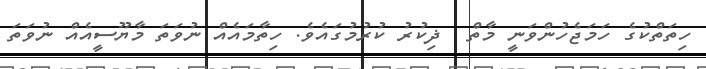
ހިތަތްކުގެ ހަމަޖެހުންވަނީ މާތް  ޛިކުރު ކުރުމުގައެވެ. ހިތާމައެއް ނުވަތަ މާޔޫސީއެއް ނުވަތަ